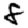
Digit: 8